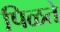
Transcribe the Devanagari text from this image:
पिळते